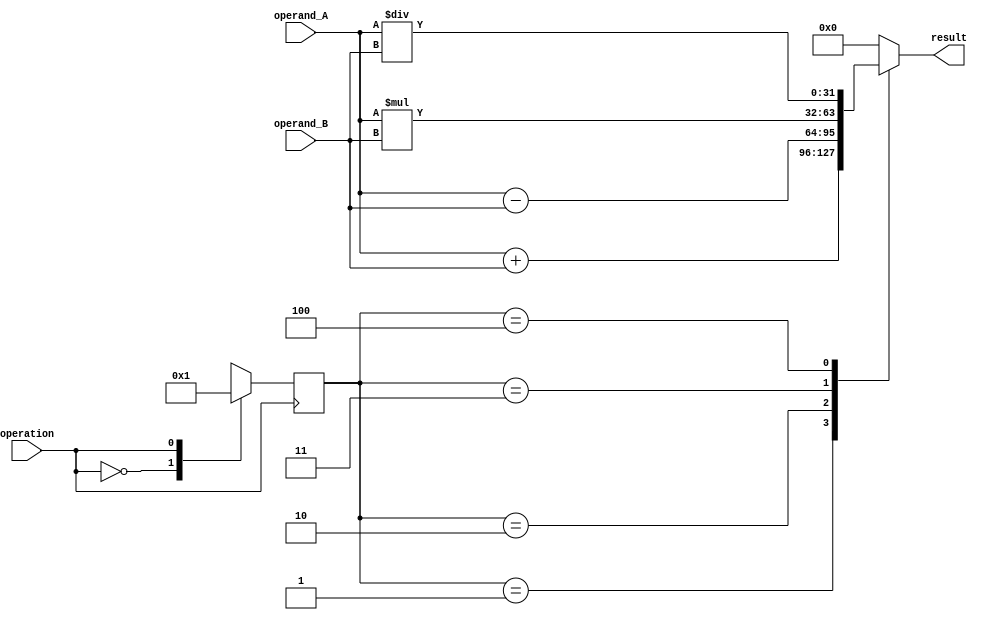
module FloatingPointALU (
    input wire [31:0] operand_A,
    input wire [31:0] operand_B,
    input wire operation,
    output reg [31:0] result
);

reg [31:0] data_in_a;
reg [31:0] data_in_b;
reg [31:0] data_out;
reg [2:0] state;

parameter STATE_IDLE = 3'd0;
parameter STATE_ADD = 3'd1;
parameter STATE_SUB = 3'd2;
parameter STATE_MUL = 3'd3;
parameter STATE_DIV = 3'd4;

always @(*) begin
    case(state)
        STATE_IDLE: data_out = 32'b0;
        STATE_ADD: data_out = data_in_a + data_in_b;
        STATE_SUB: data_out = data_in_a - data_in_b;
        STATE_MUL: data_out = data_in_a * data_in_b;
        STATE_DIV: data_out = data_in_a / data_in_b;
        default: data_out = 32'b0;
    endcase
end

always @(posedge operation) begin
    case(operation)
        0:
            begin
                state = STATE_IDLE;
            end
        1: 
            begin
                state = STATE_ADD;
            end
        2:
            begin
                state = STATE_SUB;
            end
        3:
            begin
                state = STATE_MUL;
            end
        4:
            begin
                state = STATE_DIV;
            end
        default:
            begin
                state = 3'b0;
            end
    endcase
end

assign data_in_a = operand_A;
assign data_in_b = operand_B;
assign result = data_out;

endmodule